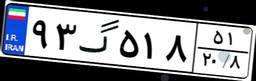
۱۲گ۳۵۹۷۷